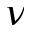
\nu